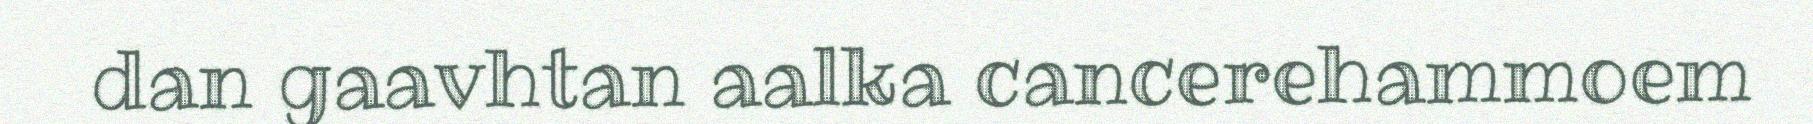
dan gaavhtan aalka cancerehammoem